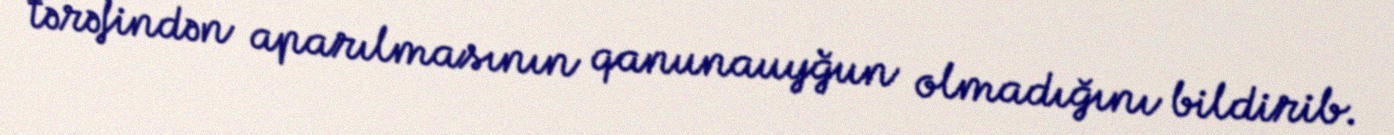
tərəfindən aparılmasının qanunauyğun olmadığını bildirib.